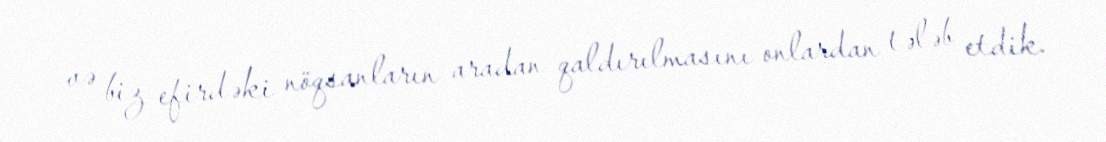
və biz efirdəki nöqsanların aradan qaldırılmasını onlardan tələb etdik.